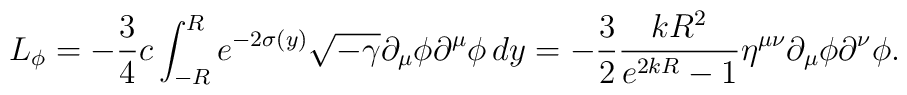
L_{\phi} = - \frac{3}{4}c \int_{-R}^{R} e^{-2\sigma (y)} \sqrt{-\gamma} \partial_{\mu} \phi \partial^{\mu} \phi \, dy = -\frac{3}{2}\frac{kR^2}{e^{2kR}-1} \eta^{\mu \nu} \partial_\mu \phi \partial^\nu \phi.